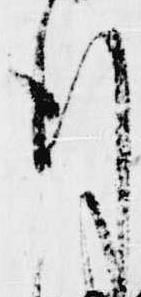
行